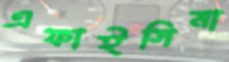
এফাইসিমা